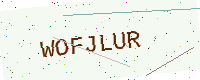
Text: WOFJLUR